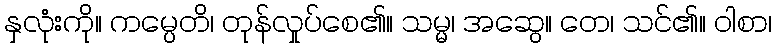
နှလုံးကို။ ကမ္ပေတိ၊ တုန်လှုပ်စေ၏။ သမ္မ၊ အဆွေ။ တေ၊ သင်၏။ ဝါစာ၊